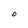
Character: O